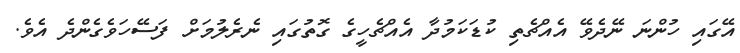
އޭގައި ހުންނަ ނޭދެވޭ އެއްޗެތި ކުޑަކަމުދާ އެއްޗެހީގެ ގޮތުގައި ނެރެލުމަށް ފަސޭހަވެގެންދެ އެވެ.